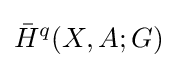
{\bar {H}}^{q}(X,A;G)